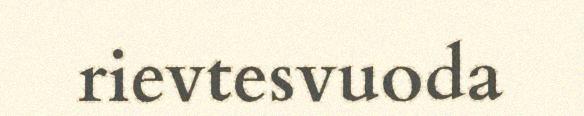
rievtesvuoda